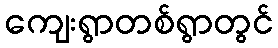
ကျေးရွာတစ်ရွာတွင်